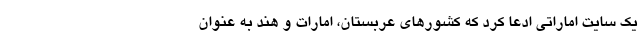
یک سایت اماراتی ادعا کرد که کشورهای عربستان، امارات و هند به عنوان